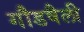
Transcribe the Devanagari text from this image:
गौडषैली